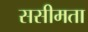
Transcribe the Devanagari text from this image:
ससीमता